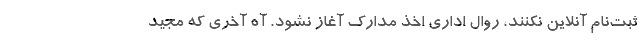
ثبت‌نام آنلاين نكنند، روال اداري اخذ مدارك آغاز نشود. آه آخري كه مجيد